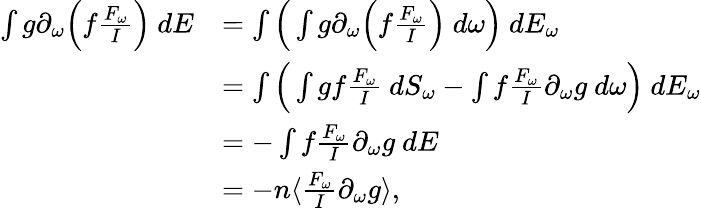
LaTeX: \begin{array}{rl}{\int g\partial_{\omega}\Big(f\frac{F_{\omega}}{I}\Big)\ dE}&{=\int\Big(\int g\partial_{\omega}\Big(f\frac{F_{\omega}}{I}\Big)\ d\omega\Big)\ dE_{\omega}}\\ &{=\int\Big(\int gf\frac{F_{\omega}}{I}\ dS_{\omega}-\int f\frac{F_{\omega}}{I}\partial_{\omega}g\ d\omega\Big)\ dE_{\omega}}\\ &{=-\int f\frac{F_{\omega}}{I}\partial_{\omega}g\ dE}\\ &{=-n\langle\frac{F_{\omega}}{I}\partial_{\omega}g\rangle,}\end{array}